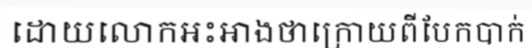
ដោយលោកអះអាងថាក្រោយពីបែកបាក់